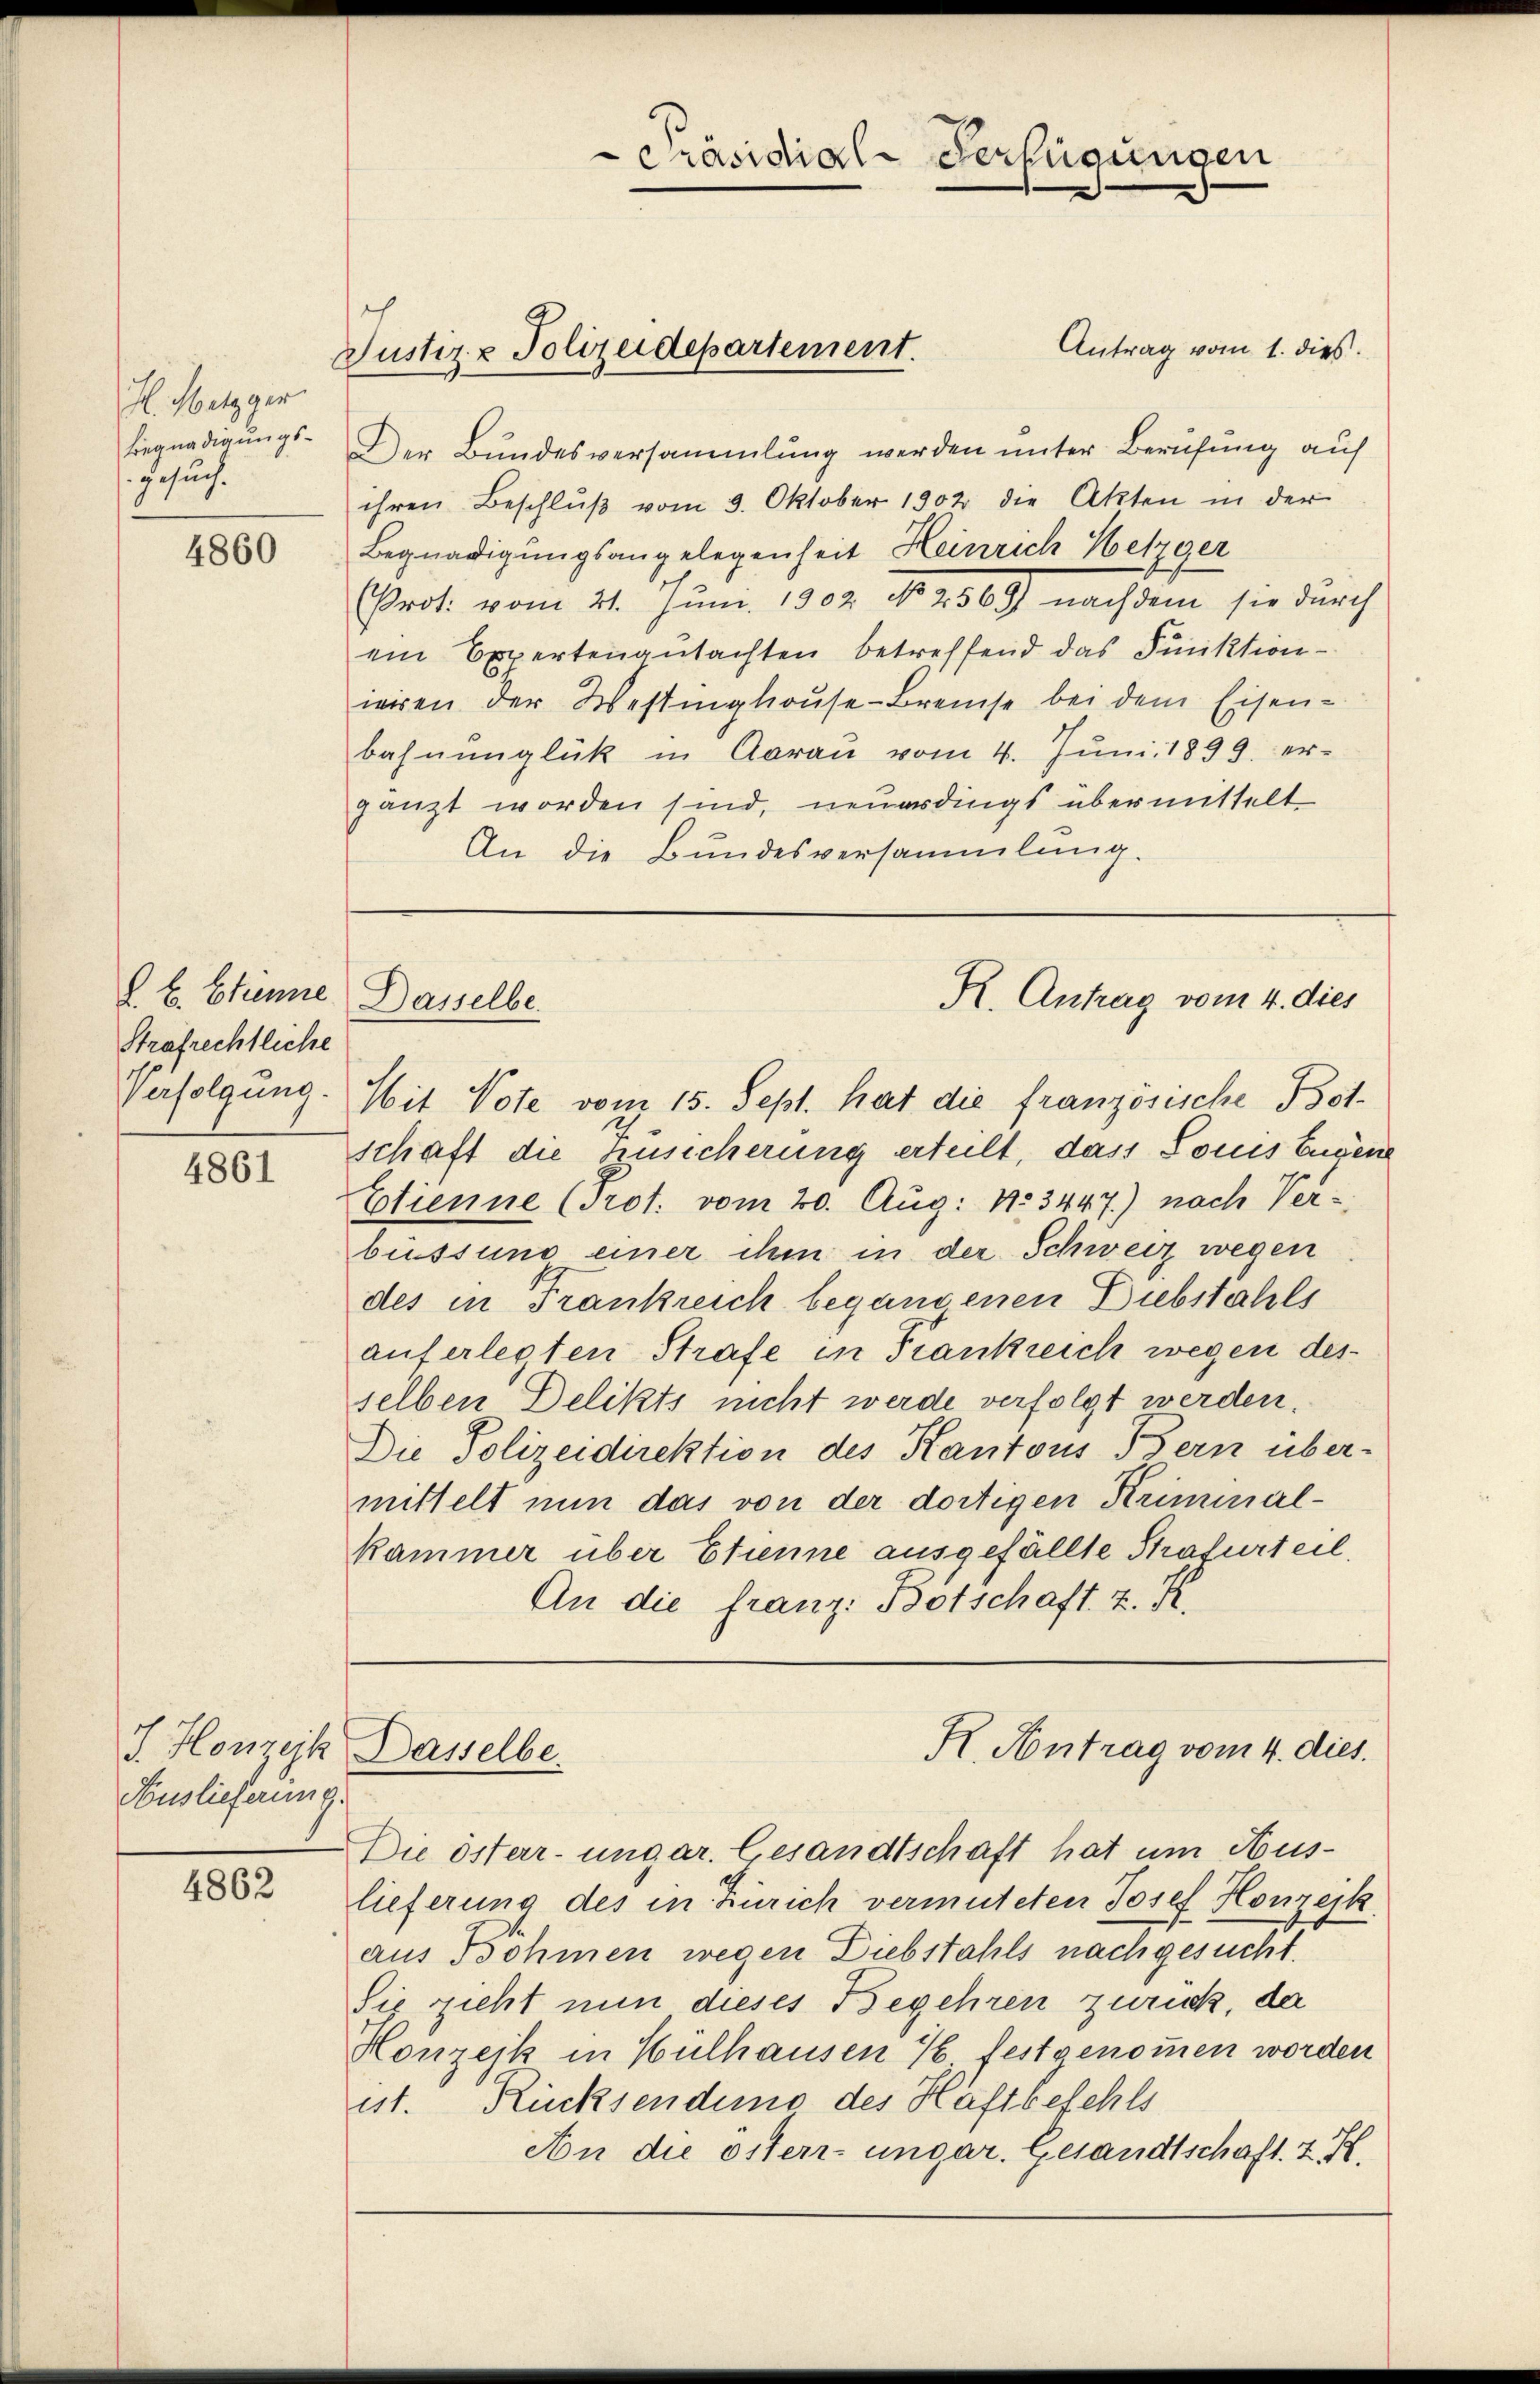
. Metzger
Juch.

4860

d. L. Ehenne Dasselbe.
Strafrechtliche
Verfolgung.

4861

J. Honzesk
Auslieferung.

4862

Justiz & Polizeidepartement.

Antrag vom 1. dies
biegnadigungs- Der Bundesversammlung werden unter Berufung auf
ihren Beschlŭβ vom 9. Oktober 1902 die Akten in der
Begnadigungsangelegenheit Heinrich Wetzger
Prot. vom 21. Juni 1902 No 2569) nachdem sie durch
ein Expertengutachten betreffend das Funktioniiren der Westinghause-Breuse bei dem Eisenbahnunglück in Aarau vom 4. Juni 1899. er-
gänzt worden sind, neuerdings übermittelt
An die Bundesversammlung.

Sit Vote vom 15. Sept. hat die französische Botschaft die Zusicherung erteilt, dass Louis Eugene
Etienne (Prot. vom 20. Aug: No 3447) nach Verbüssung einer ihm in der Schweiz wegen
des in Frankreich begangenen Diebstahls
auferlegten Strafe in Frankreich wegen desselben Delikts nicht werde verfolgt werden.
Die Polizeidirektion des Kantons Bern über-
mittelt nun das von der dortigen Kriminalkammer über Etienne ausgefällte Strafurteil,
An die franz: Botschaft z. K.

lieferung des in Zürich vermuteten Josef Honzesk
aus Böhmen wegen Diebstahls nachgesucht.
Sie zieht nun dieses Begehren zurück, da
Honzesk in Hülhausen 1 festgenommen worden
ist. Rücksendung des Haftbefehls
An die österr. ungar. Gesandtschaft. I. K.

Präsidial-Verfügungen

K. Antrag vom 4. dies

Dasselbe

R. Antrag vom 4. dies
Die öster- ungar. Gesandtschaft hat um Aus¬